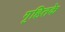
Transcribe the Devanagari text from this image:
गृहितके